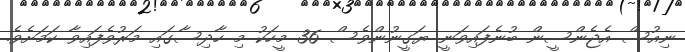
ނިއުސް އެޖެންސީން ބުނެފައިވަނީ ޔަގީނުންވެސް 36 މީހަކު މި ހާދިސާގައި މަރުވެފައިވާ ކަމަށެވެ.